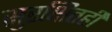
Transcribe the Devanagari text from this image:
सुरक्षितही